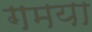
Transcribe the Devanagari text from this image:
गमया